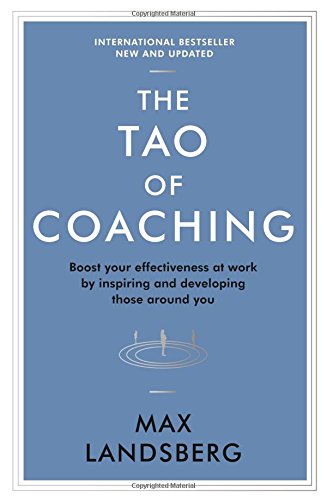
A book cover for The Tao of Coaching: Boost Your Effectiveness at Work by Inspiring and Developing Those Around You (Profile Business Classics); Max Landsberg; Business & Money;